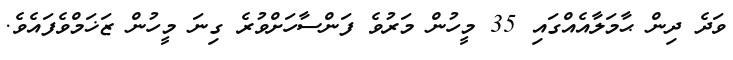
ވަދެ ދިން ޙާމަލާއެއްގައި 35 މީހުން މަރުވެ ފަންސާހަށްވުރެ ގިނަ މީހުން ޒަޚަމްވެފައެވެ.